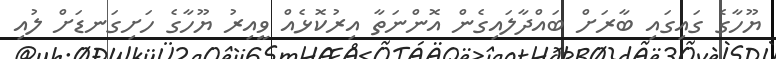
ޔޫހާގެ ގައިގައި ބާރަށް ބައްދާލައިގެން އޮންނަތާ އިރުކޮޅެއް ވީއިރު ޔޫހާގެ ހަށިގަނޑަށް ލުއި